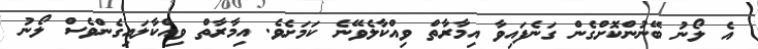
އެ ލޯނު ބޭނުންކޮށްގެން ގަނެފައިވާ އިމާރާތް ވިއްކާލެވޭނެ ކަމަށެވެ. އިމާރާތް ވިއްކާލައިގެންވެސް ލޯނު